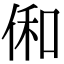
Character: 俰